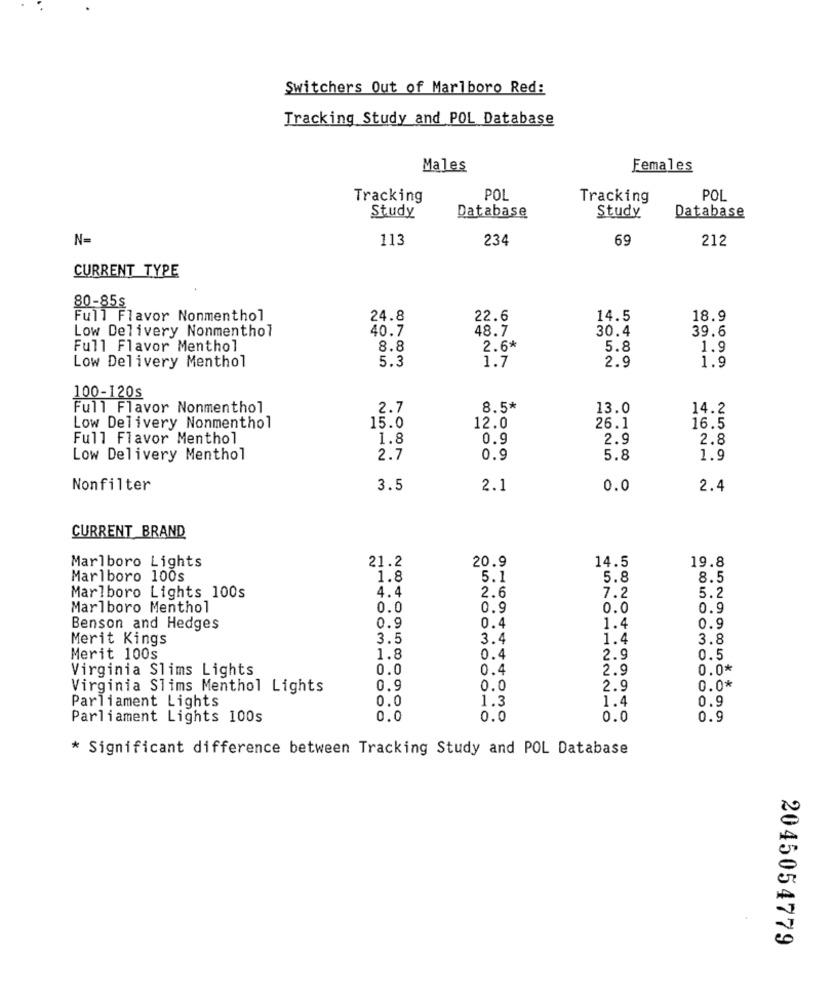
Switchers Out of Marlboro Red:
Tracking Study and POL Database
Males
Females
Tracking
POL
Tracking
POL
Study
Study
Database
Database
N=
113
234
69
212
CURRENT TYPE
80-85s
Full Flavor Nonmenthol
24.8
22.6
14.5
18.9
Low Delivery Nonmenthol
40.7
48.7
30.4
39.6
Full Flavor Menthol
8.8
2.6*
5.8
1.9
Low Delivery Menthol
5.3
2.9
1.9
1.7
100-120s
Full Flavor Nonmenthol
2.7
8.5*
13.0
14.2
Low Delivery Nonmenthol
15.0
12.0
26.1
16.5
Full Flavor Menthol
1.8
0.9
2.9
2.8
Low Delivery Menthol
2.7
0.9
5.8
1.9
Nonfilter
3.5
2.1
0.0
2.4
CURRENT BRAND
Marlboro Lights
21.2
20.9
14.5
19.8
Marlboro 100s
1.8
5.1
5.8
8.5
Marlboro Lights 100s
4.4
7.2
5.2
2.6
Marlboro Menthol
0.0
0.9
0.0
0.9
Benson and Hedges
0.9
0.4
1.4
0.9
Merit Kings
3.5
3.4
1.4
3.8
Merit 100s
1.8
0.4
2.9
0.5
Virginia Slims Lights
0.0
0.4
2.9
0.0*
Virginia Slims Menthol Lights
0.9
0.0
2.9
0.0*
Parliament Lights
0.0
1.3
1.4
0.9
Parliament Lights 100s
0.0
0.0
0.0
0.9
* Significant difference between Tracking Study and POL Database
2045054779